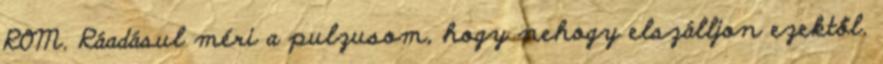
ROM. Ráadásul méri a pulzusom, hogy nehogy elszálljon ezektől.